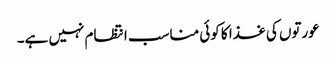
عورتوں کی غذا کا کوئی مناسب انتظام نہیں ہے۔